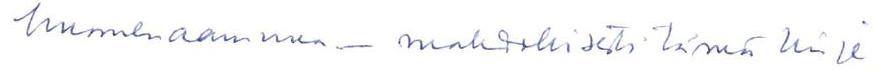
huomenaamuna - mahdollisesti tämä kirje